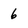
Character: 6